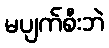
မပျက်စီးဘဲ